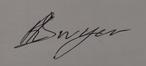
Signature authenticity: genuine